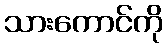
သားကောင်ကို